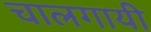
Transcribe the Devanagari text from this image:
चालगायी